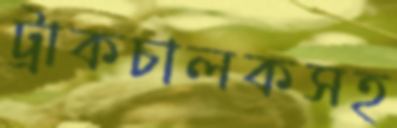
ট্রাকচালকসহ